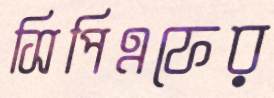
সিপিএফের